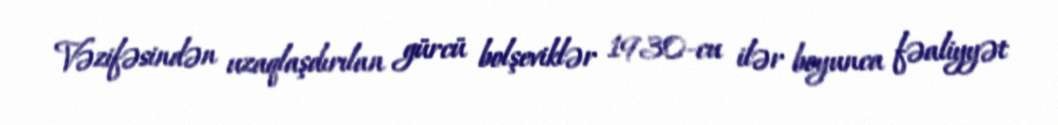
Vəzifəsindən uzaqlaşdırılan gürcü bolşeviklər 1930-cu ilər boyunca fəaliyyət